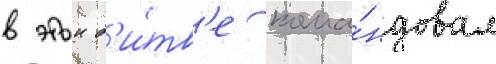
в этои б'и́тв'е кома́ндовал